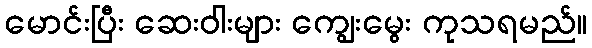
မောင်းပြီး ဆေးဝါးများ ကျွေးမွေး ကုသရမည်။